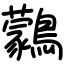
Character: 鸏